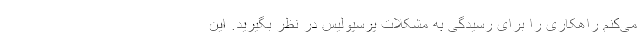
می‌کنم راهکاری را برای رسیدگی به مشکلات پرسپولیس در نظر بگیرید. این